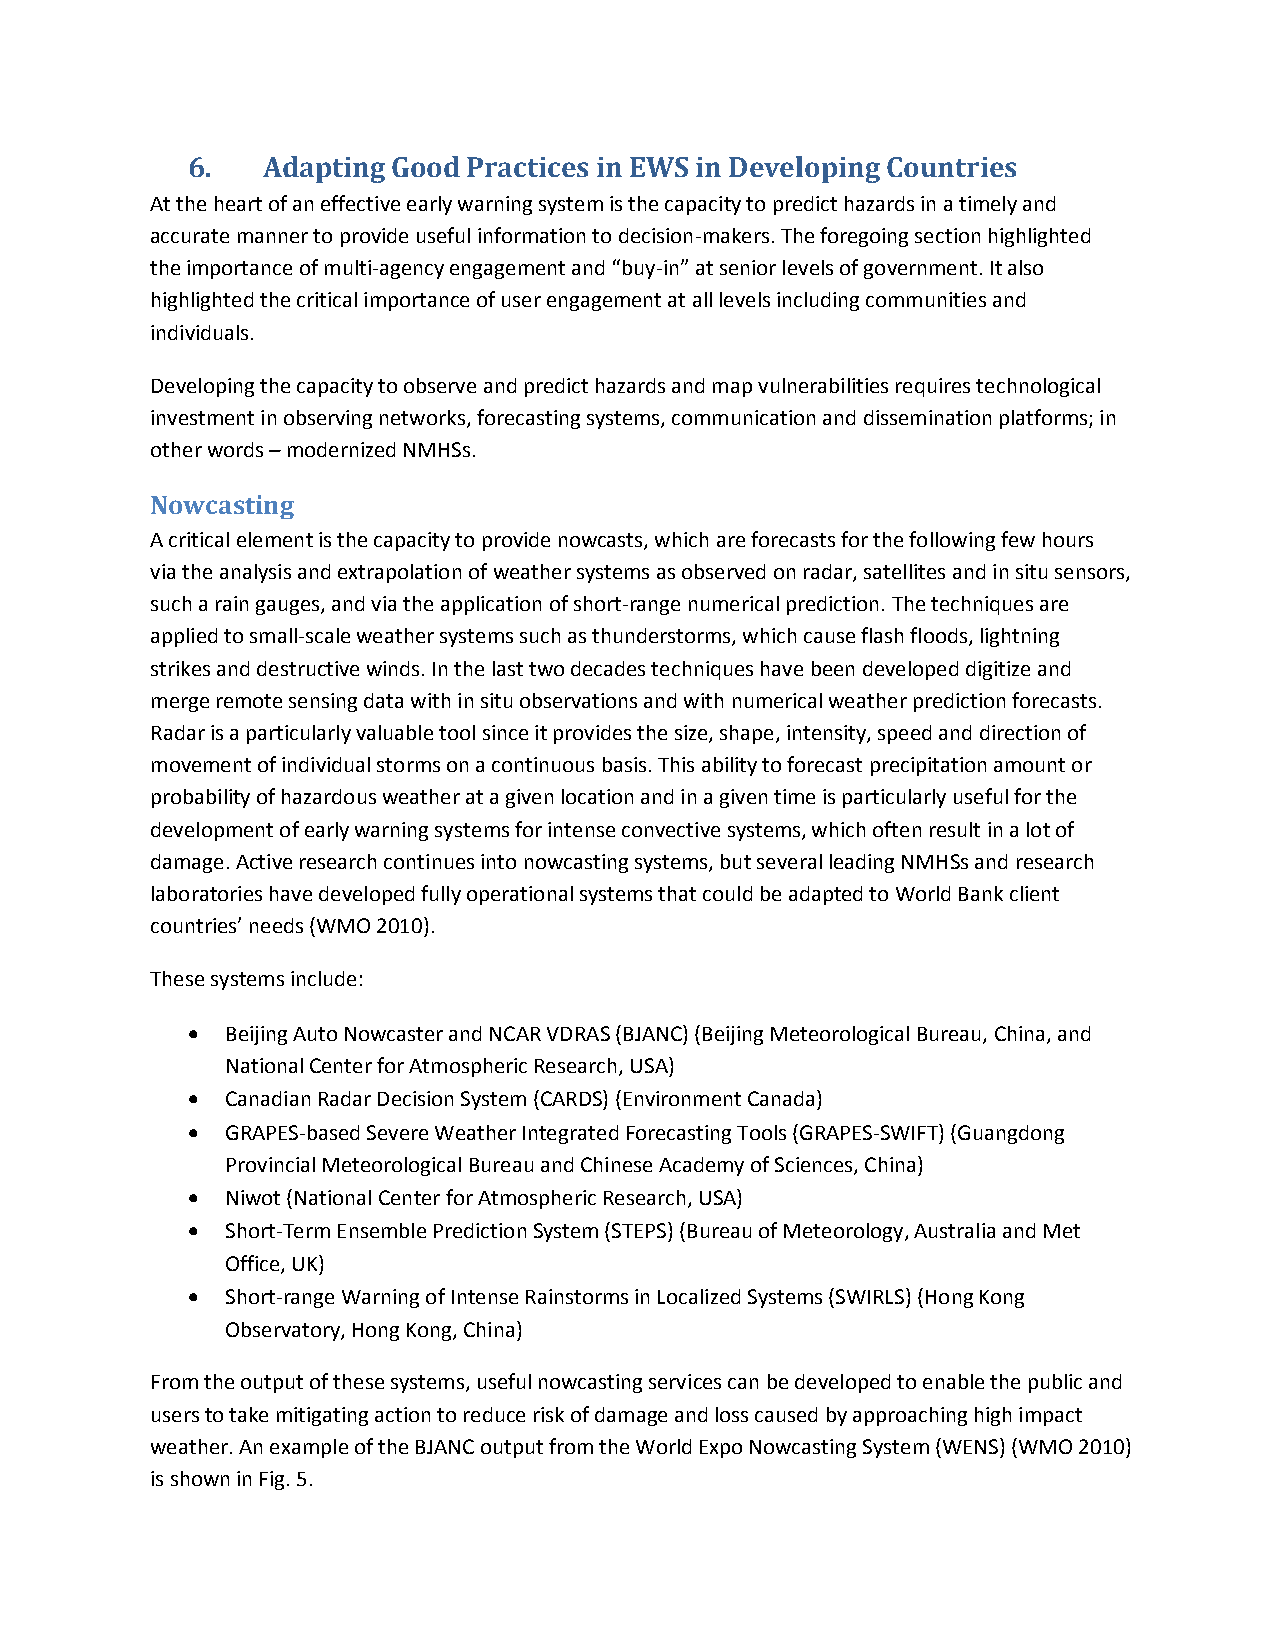
6.   Adapting Good Practices in EWS in Developing Countries
 At the heart of an effective early warning system is the capacity to predict hazards in a timely and
 accurate manner to provide useful information to decision-makers. The foregoing section highlighted
 the importance of multi-agency engagement and “buy-in” at senior levels of government. It also
 highlighted the critical importance of user engagement at all levels including communities and
 individuals.
 Developing the capacity to observe and predict hazards and map vulnerabilities requires technological
 investment in observing networks, forecasting systems, communication and dissemination platforms; in
 other words – modernized NMHSs.
 Nowcasting
 A critical element is the capacity to provide nowcasts, which are forecasts for the following few hours
 via the analysis and extrapolation of weather systems as observed on radar, satellites and in situ sensors,
 such a rain gauges, and via the application of short-range numerical prediction. The techniques are
 applied to small-scale weather systems such as thunderstorms, which cause flash floods, lightning
 strikes and destructive winds. In the last two decades techniques have been developed digitize and
 merge remote sensing data with in situ observations and with numerical weather prediction forecasts.
 Radar is a particularly valuable tool since it provides the size, shape, intensity, speed and direction of
 movement of individual storms on a continuous basis. This ability to forecast precipitation amount or
 probability of hazardous weather at a given location and in a given time is particularly useful for the
 development of early warning systems for intense convective systems, which often result in a lot of
 damage. Active research continues into nowcasting systems, but several leading NMHSs and research
 laboratories have developed fully operational systems that could be adapted to World Bank client
 countries’ needs (WMO 2010).
 These systems include:
   Beijing Auto Nowcaster and NCAR VDRAS (BJANC) (Beijing Meteorological Bureau, China, and
 National Center for Atmospheric Research, USA)
   Canadian Radar Decision System (CARDS) (Environment Canada)
   GRAPES-based Severe Weather Integrated Forecasting Tools (GRAPES-SWIFT) (Guangdong
 Provincial Meteorological Bureau and Chinese Academy of Sciences, China)
   Niwot (National Center for Atmospheric Research, USA)
   Short-Term Ensemble Prediction System (STEPS) (Bureau of Meteorology, Australia and Met
 Office, UK)
   Short-range Warning of Intense Rainstorms in Localized Systems (SWIRLS) (Hong Kong
 Observatory, Hong Kong, China)
 From the output of these systems, useful nowcasting services can be developed to enable the public and
 users to take mitigating action to reduce risk of damage and loss caused by approaching high impact
 weather. An example of the BJANC output from the World Expo Nowcasting System (WENS) (WMO 2010)
 is shown in Fig. 5.